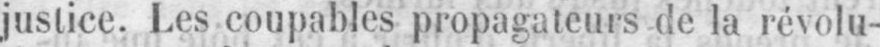
justice. Les coupables propagateurs de la révolu-